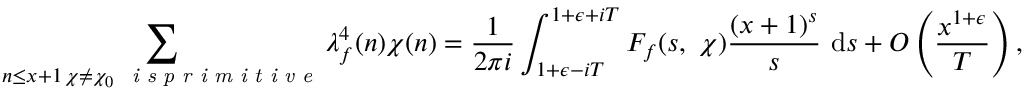
\sum _ { { \substack { n \leq x + 1 \, \chi \neq \chi _ { 0 } \, \textit { \chi i s p r i m i t i v e } } } } \lambda _ { f } ^ { 4 } ( n ) \chi ( n ) = \frac { 1 } { 2 \pi i } \int _ { 1 + \epsilon - i T } ^ { 1 + \epsilon + i T } F _ { f } ( s , \ \chi ) \frac { ( x + 1 ) ^ { s } } { s } \ \mathrm { d } s + O \left( \frac { x ^ { 1 + \epsilon } } { T } \right) ,